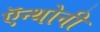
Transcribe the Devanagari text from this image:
ऍन्थोनी